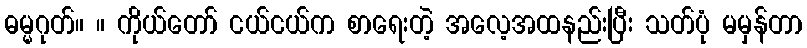
ဓမ္မဂုတ်။ ။ ကိုယ်တော် ငယ်ငယ်က စာရေးတဲ့ အလေ့အထနည်းပြီး သတ်ပုံ မမှန်တာ